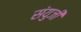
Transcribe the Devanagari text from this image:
संयुजी